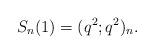
LaTeX: \begin{align*}S_n(1)=(q^2;q^2)_n. \end{align*}